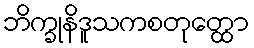
ဘိက္ခုနိဒူသကစတုတ္ထော